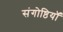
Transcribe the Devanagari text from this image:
संगोष्ठियॉ